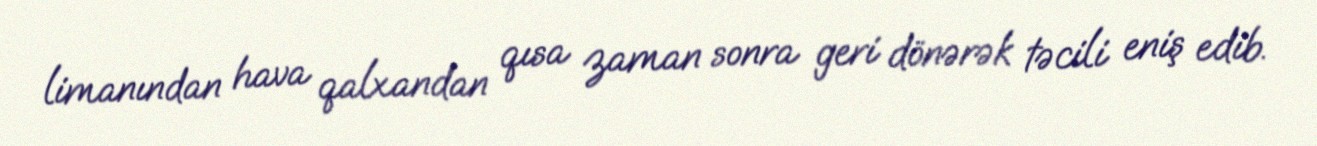
limanından hava qalxandan qısa zaman sonra geri dönərək təcili eniş edib.